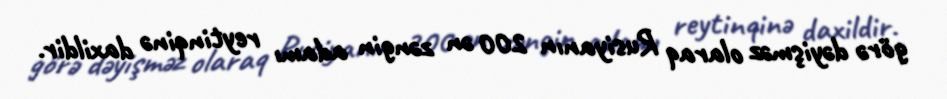
görə dəyişməz olaraq Rusiyanın 200 ən zəngin adamı reytinqinə daxildir.